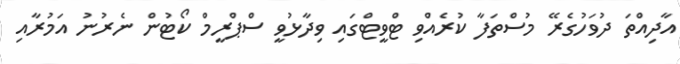
އާދިއްތަ ދުވަހުގެރޭ މުސްތަފާ ކުރެއްވި ޓްވީޓްގައި ވިދާޅުވީ ސްޕްރީމް ކޯޓުން ނެރުނު އަމުރާއި